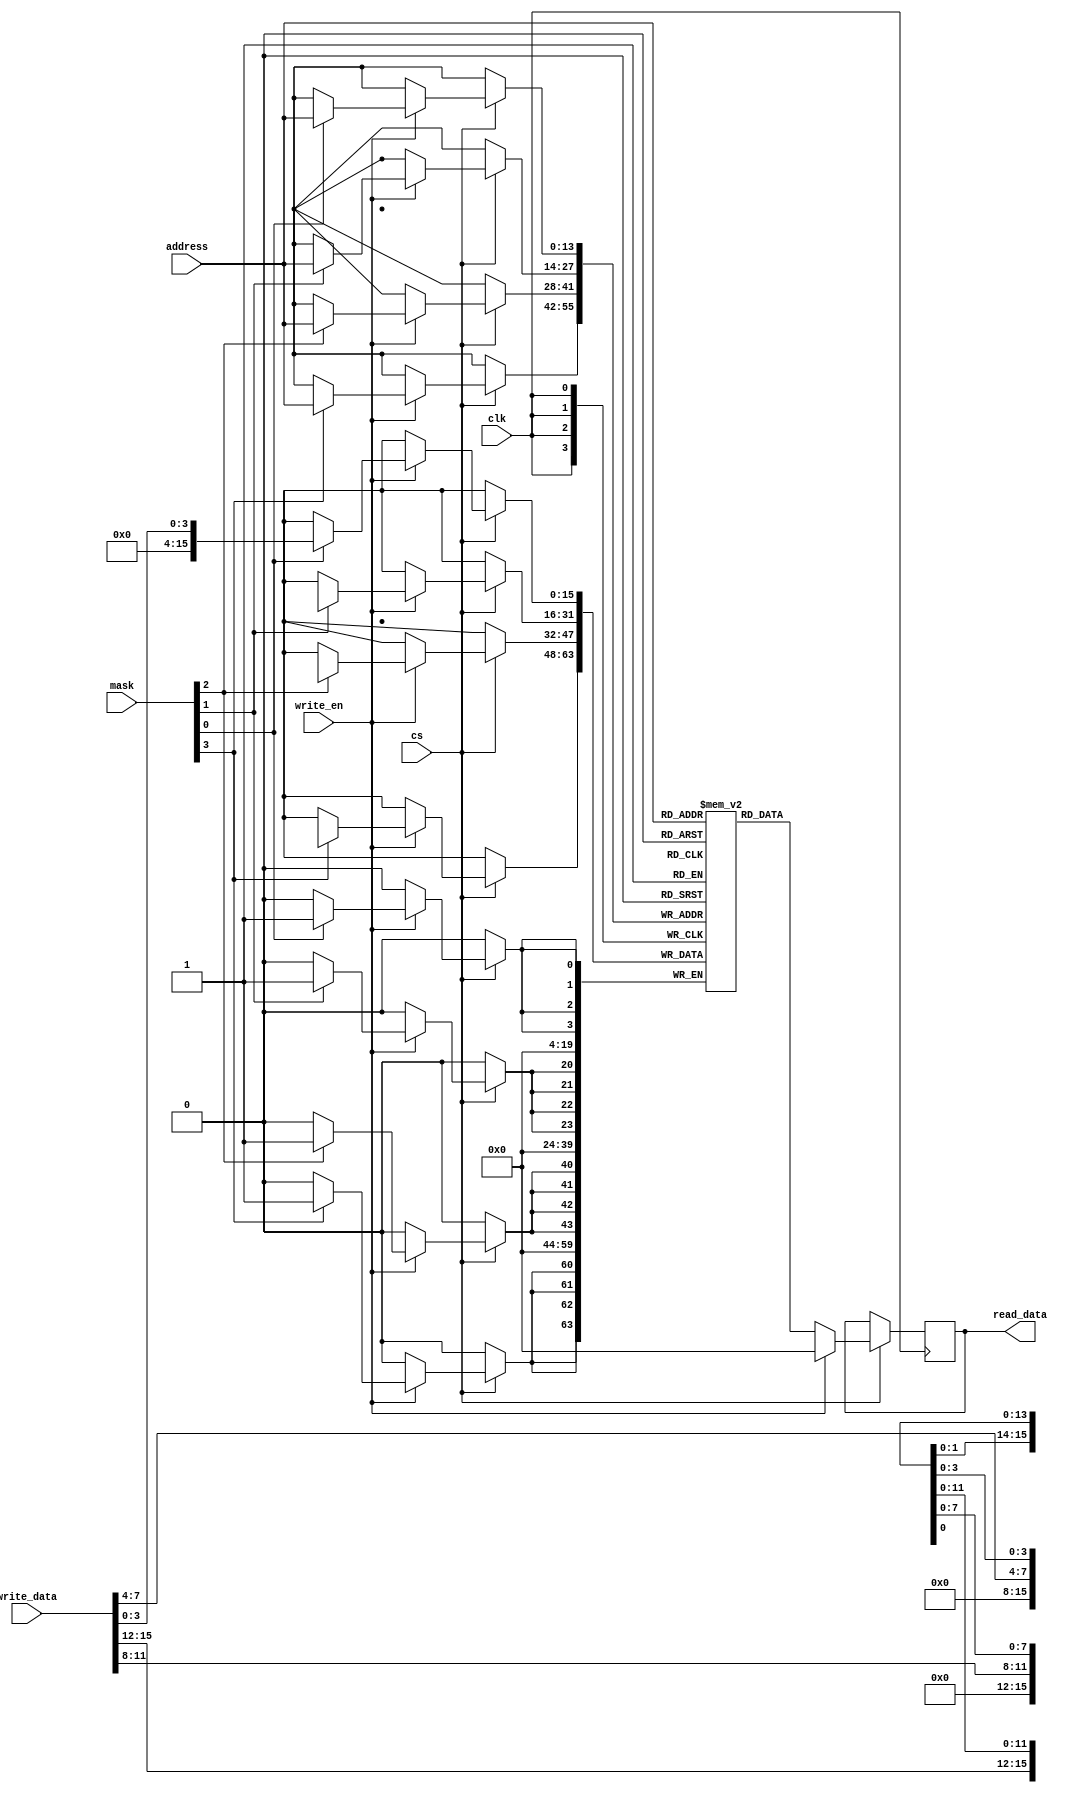
// This program was cloned from: https://github.com/dan-rodrigues/icestation-32
// License: MIT License

// This is based on the iCE40 SPRAM cell in the yosys techlibs

module spram_256k (
    input clk,
    input cs,
    input [13:0] address,
    input [15:0] write_data,
    input [3:0] mask,
    input write_en,
    output reg [15:0] read_data
);
    // This verilator comment is required for the C++ TB to do the IPL
    // It slows the sim down, revise this at some point

    reg [15:0] mem [0:16383] /* verilator public */ ;

    always @(posedge clk) begin
        if (cs) begin
            if (!write_en) begin
                read_data <= mem[address];
            end else begin
                if (mask[0]) mem[address][ 3: 0] <= write_data[ 3: 0];
                if (mask[1]) mem[address][ 7: 4] <= write_data[ 7: 4];
                if (mask[2]) mem[address][11: 8] <= write_data[11: 8];
                if (mask[3]) mem[address][15:12] <= write_data[15:12];
                read_data <= 0;
            end
        end
    end
    
endmodule